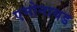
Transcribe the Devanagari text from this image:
एमोनायड